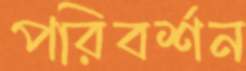
পরিবর্শন